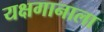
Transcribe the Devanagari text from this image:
यक्षगानाला